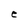
Character: e